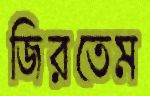
জিরতেম